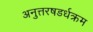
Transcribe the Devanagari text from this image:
अनुत्तरषडर्धक्रम